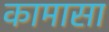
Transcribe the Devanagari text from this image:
कामासा